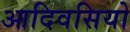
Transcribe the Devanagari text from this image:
आदिवसियो